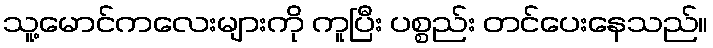
သူ့မောင်ကလေးများကို ကူပြီး ပစ္စည်း တင်ပေးနေသည်။